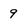
Character: 9